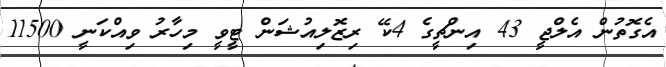
އެގޮތުން އެލްޖީ 43 އިންޗީގެ 4ކޭ ރިޒޮލިއުޝަން ޓީވީ މިހާރު ވިއްކަނީ 11500